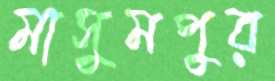
মাসুমপুর